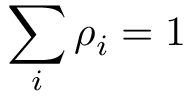
\sum _ { i } \rho _ { i } = 1